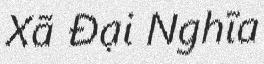
Xã Đại Nghĩa